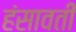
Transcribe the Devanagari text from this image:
हंसावती